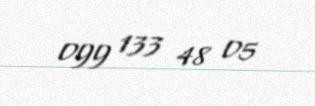
099 133 48 05